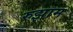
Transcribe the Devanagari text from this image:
रुझाम